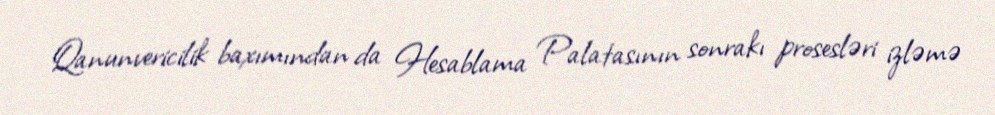
Qanunvericilik baxımından da Hesablama Palatasının sonrakı prosesləri izləmə